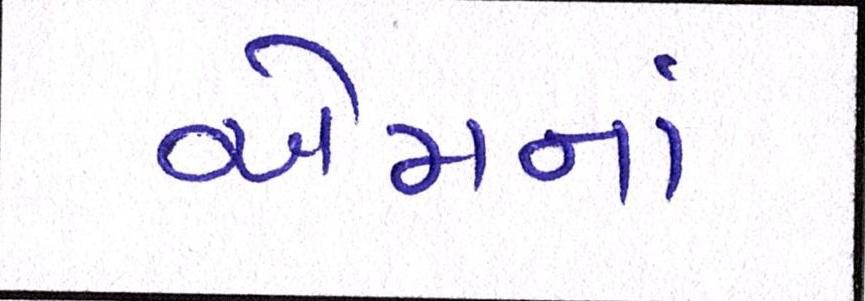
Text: એમનાં